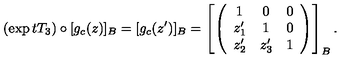
( \exp t T _ { 3 } ) \circ [ g _ { c } ( z ) ] _ { B } = [ g _ { c } ( z ^ { \prime } ) ] _ { B } = \left[ \left( \begin{array} { c c c } { 1 } & { 0 } & { 0 } \\ { z _ { 1 } ^ { \prime } } & { 1 } & { 0 } \\ { z _ { 2 } ^ { \prime } } & { z _ { 3 } ^ { \prime } } & { 1 } \\ \end{array} \right) \right] _ { B } .